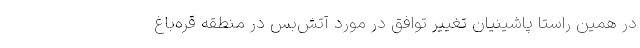
در همین راستا پاشینیان تغییر توافق در مورد آتش‌بس در منطقه قره‌باغ